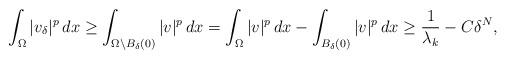
LaTeX: \begin{align*} \int_\Omega |v_\delta|^p\, dx \ge \int_{\Omega \setminus B_\delta(0)} |v|^p\, dx = \int_\Omega |v|^p\, dx - \int_{B_\delta(0)} |v|^p\, dx \ge \frac{1}{\lambda_k} - C \delta^N,\end{align*}